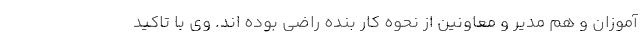
آموزان و هم مدیر و معاونین از نحوه کار بنده راضی بوده اند. وی با تاکید